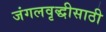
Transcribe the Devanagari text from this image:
जंगलवृद्धीसाठी